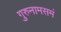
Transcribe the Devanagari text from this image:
गुरुनामसमं